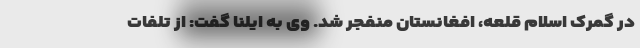
در گمرک اسلام قلعه، افغانستان منفجر شد. وی به ایلنا گفت: از تلفات